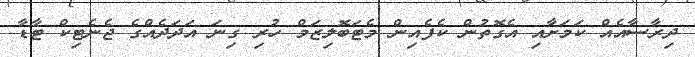
ދިރާސާއެއް ކަމަށާއި އެގޮތުން ކެފެއިން މެޓަބޮލިޒަމް ހުރި ގިނަ އަދަދެއްގެ ޖެނެޓިކް ޓާޑާ